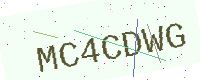
Text: MC4CDWG